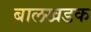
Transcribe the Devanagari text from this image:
बालखडक